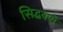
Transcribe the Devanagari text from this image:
सिद्धवणे